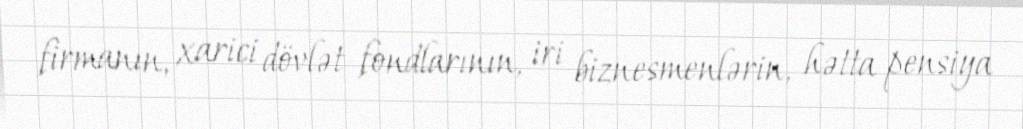
firmanın, xarici dövlət fondlarının, iri biznesmenlərin, hətta pensiya